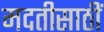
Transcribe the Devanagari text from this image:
मदतीसाठीं